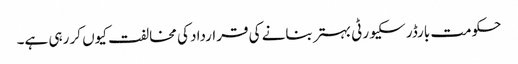
حکومت بارڈر سکیورٹی بہتر بنانے کی قرارداد کی مخالفت کیوں کر رہی ہے۔